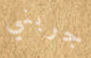
جربني